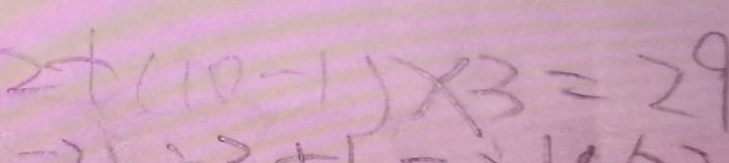
2 + ( 1 0 - 1 ) \times 3 = 2 9